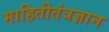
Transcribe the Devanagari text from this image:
माहितीतंत्रज्ञान